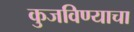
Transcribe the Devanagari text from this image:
कुजविण्याचा